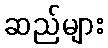
ဆည်များ